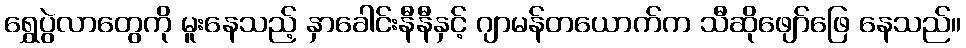
ရွှေပွဲလာတွေကို မူးနေသည့် နှာခေါင်းနီနီနှင့် ဂျာမန်တယောက်က သီဆိုဖျော်ဖြေ နေသည်။